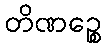
တိဏဉ္စေ